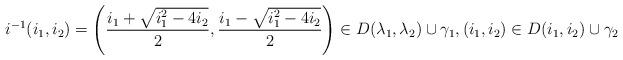
LaTeX: \begin{align*}i^{-1}(i_1,i_2)=\left(\frac{i_1+\sqrt{i_1^2-4i_2}}{2},\frac{i_1-\sqrt{i_1^2-4i_2}}{2}\right)\in {D(\lambda_1,\lambda_2)}\cup \gamma_1, (i_1,i_2)\in {D(i_1,i_2)}\cup \gamma_2\end{align*}